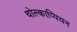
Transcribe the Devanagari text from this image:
थोल्काप्पियन